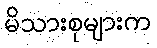
မိသားစုများက